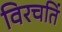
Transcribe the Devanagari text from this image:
विरचतिं